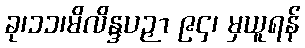
ခု၊၁၁၊မိလိန္ဒပဉှာ ၉၄၊ မှယူရန်